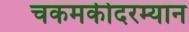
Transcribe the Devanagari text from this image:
चकमकीदरम्यान